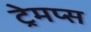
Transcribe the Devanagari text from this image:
ट्रेमप्स